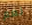
نعم